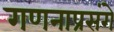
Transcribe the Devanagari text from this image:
गणनाप्रसंगे